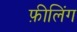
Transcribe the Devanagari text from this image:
फ़ीलिंग